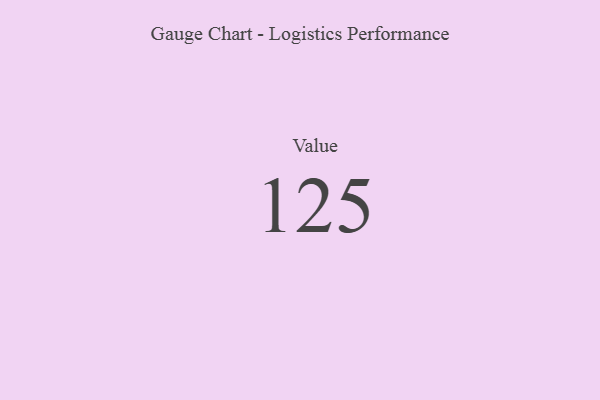
{"axis": {"x": "Metric", "y": "Value"}, "legend": [""], "data": [{"x": "Value", "y": 125, "type": ""}]}